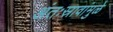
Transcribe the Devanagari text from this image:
अंतःस्रावांमुळे